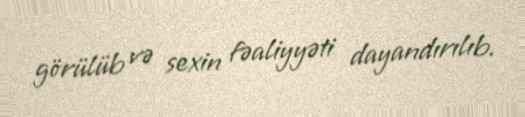
görülüb və sexin fəaliyyəti dayandırılıb.